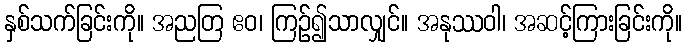
နှစ်သက်ခြင်းကို။ အညတြ ဧဝ၊ ကြဉ်၍သာလျှင်။ အနုဿဝါ၊ အဆင့်ကြားခြင်းကို။